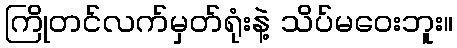
ကြိုတင်လက်မှတ်ရုံးနဲ့ သိပ်မဝေးဘူး။